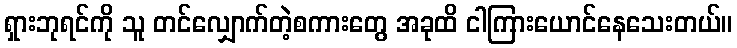
ရှားဘုရင်ကို သူ တင်လျှောက်တဲ့စကားတွေ အခုထိ ငါကြားယောင်နေသေးတယ်။